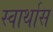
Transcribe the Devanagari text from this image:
स्वार्थास